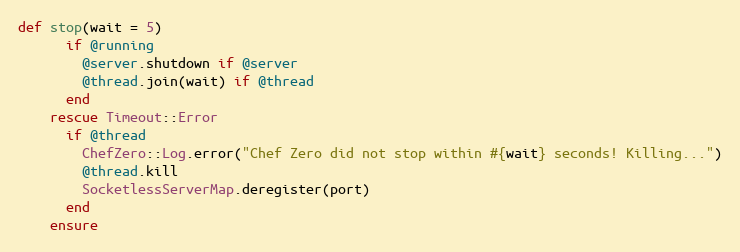
Language: Ruby
def stop(wait = 5)
      if @running
        @server.shutdown if @server
        @thread.join(wait) if @thread
      end
    rescue Timeout::Error
      if @thread
        ChefZero::Log.error("Chef Zero did not stop within #{wait} seconds! Killing...")
        @thread.kill
        SocketlessServerMap.deregister(port)
      end
    ensure